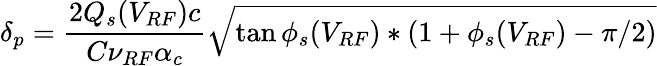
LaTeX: \delta_{p}=\frac{2Q_{s}(V_{RF})c}{C\nu_{RF}\alpha_{c}}\sqrt{\tan\phi_{s}(V_{RF})*(1+\phi_{s}(V_{RF})-\pi/2)}